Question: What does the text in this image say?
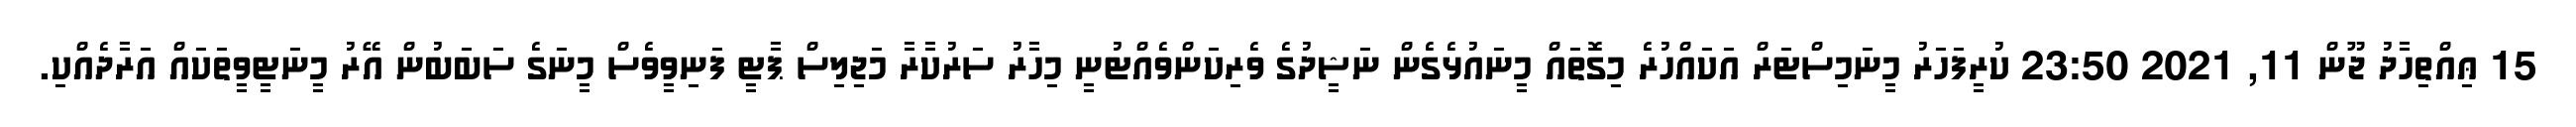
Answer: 15 ޢިއްތިހާދު ޖޫން 11, 2021 23:50 ކުރީފަހަރު މީނަމިސްޓަރް އަކައްހުރެ މިގޮތައް މީނައުޅެގެން ނަޝީދުގެ ވެރިކަންވެއްޓުނީ މިހާރު ސަރުކާރާ މަޖިލިސް ޕާޓީ ފަނިވީވެސް މީނަގެ ސަބަބުން އޭރު މީނަޓީވީތަކައް އަރާދެއްކި.